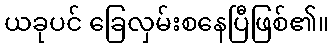
ယခုပင် ခြေလှမ်းစနေပြီဖြစ်၏။